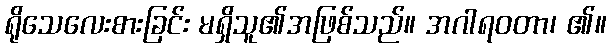
ရိုသေလေးစားခြင်း မရှိသူ၏အဖြစ်သည်။ အဂါရဝတာ၊ ၏။